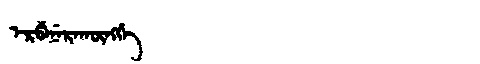
Manchu: ᡝᡵᡦᡝᠨᡝᡵᠠᡴᡡᠩᡤᡝ
Romanization: ERPENERAKŪNGGE